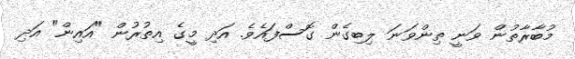
މުބާރާތުން ވަނީ ތިންވަނަ ލިބިގެން ގޮސްފައެވެ. އަދި މީގެ އިތުރުން "އައިން" އަދި